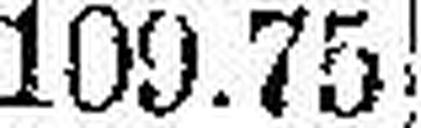
109.75